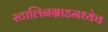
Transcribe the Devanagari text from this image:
स्टालिनग्राडमध्येच